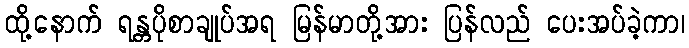
ထို့နောက် ရန္တပိုစာချုပ်အရ မြန်မာတို့အား ပြန်လည် ပေးအပ်ခဲ့ကာ၊